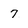
Character: 7